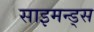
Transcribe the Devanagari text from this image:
साइमन्ड्स